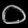
Digit: ၀